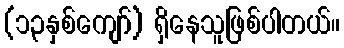
(၁၃နှစ်ကျော်) ရှိနေသူဖြစ်ပါတယ်။